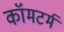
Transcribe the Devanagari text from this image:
कॉमटर्म